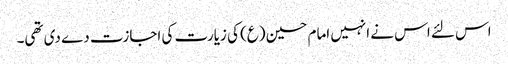
اس لئے اس نے انہیں امام حسین (ع) کی زیارت کی اجازت دے دی تھی۔